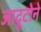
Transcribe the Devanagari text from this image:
जादूटोने